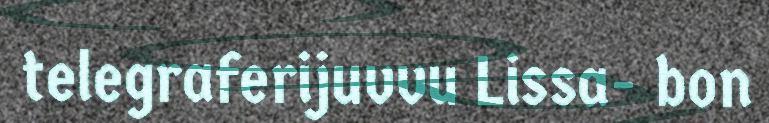
telegraferijuvvu Lissa- bon